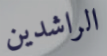
الراشدين